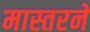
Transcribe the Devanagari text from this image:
मास्तरने